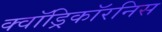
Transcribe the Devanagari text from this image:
क्वॉड्रिकॉरनिस